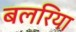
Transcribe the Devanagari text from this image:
बलरिया